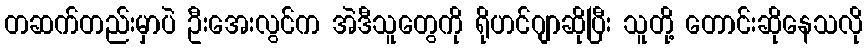
တဆက်တည်းမှာပဲ ဦးအေးလွင်က အဲဒီသူတွေကို ရိုဟင်ဂျာဆိုပြီး သူတို့ တောင်းဆိုနေသလို